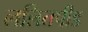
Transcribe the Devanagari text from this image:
ललितपीड